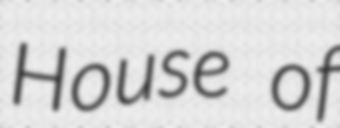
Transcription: House of